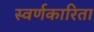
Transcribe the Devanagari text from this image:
स्वर्णकारिता